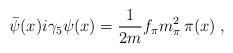
LaTeX: \begin{align*}\bar \psi (x) i \gamma_5 \psi (x) = \frac{1}{2m} f_\pi m_\pi^2 \, \pi (x) \; ,\end{align*}